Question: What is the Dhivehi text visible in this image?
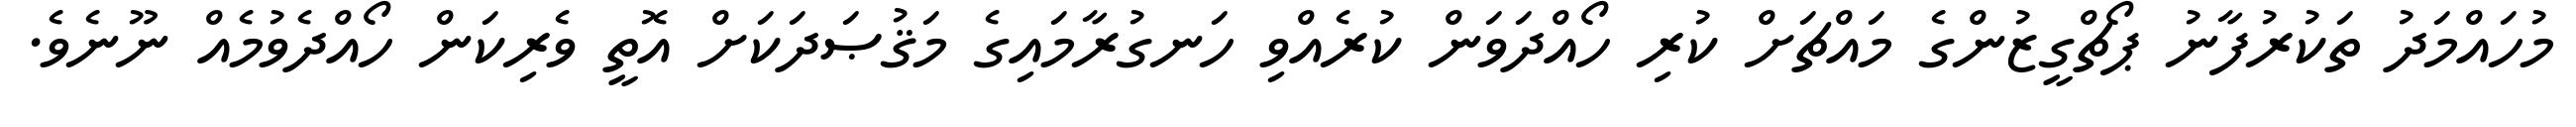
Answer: މުހައްމަދު ތަކުރުފާނު ޕޯޗްގީޒުންގެ މައްޗަށް ކުރި ހޯއްދަވަން ކުރެއްވި ހަނގުރާމައިގެ މަޤުޞަދަކަށް އޮތީ ވެރިކަން ހޯއްދެވުމެއް ނޫނެވެ.